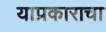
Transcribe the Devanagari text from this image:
याप्रकाराचा